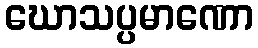
ဃောသပ္ပမာဏော